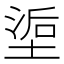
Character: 𰊇